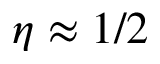
\eta \approx 1 / 2